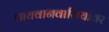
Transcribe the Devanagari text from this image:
तायवानवासियांवर